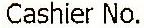
CASHIER NO.